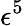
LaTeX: \epsilon^{5}